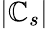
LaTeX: |\mathbb{C}_{s}|